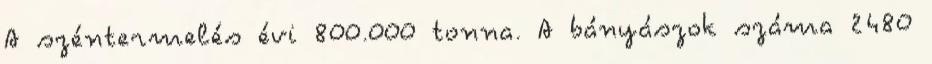
A széntermelés évi 800.000 tonna. A bányászok száma 2480